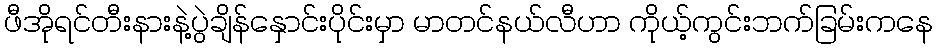
ဖီအိုရင်တီးနားနဲ့ပွဲချိန်နှောင်းပိုင်းမှာ မာတင်နယ်လီဟာ ကိုယ့်ကွင်းဘက်ခြမ်းကနေ